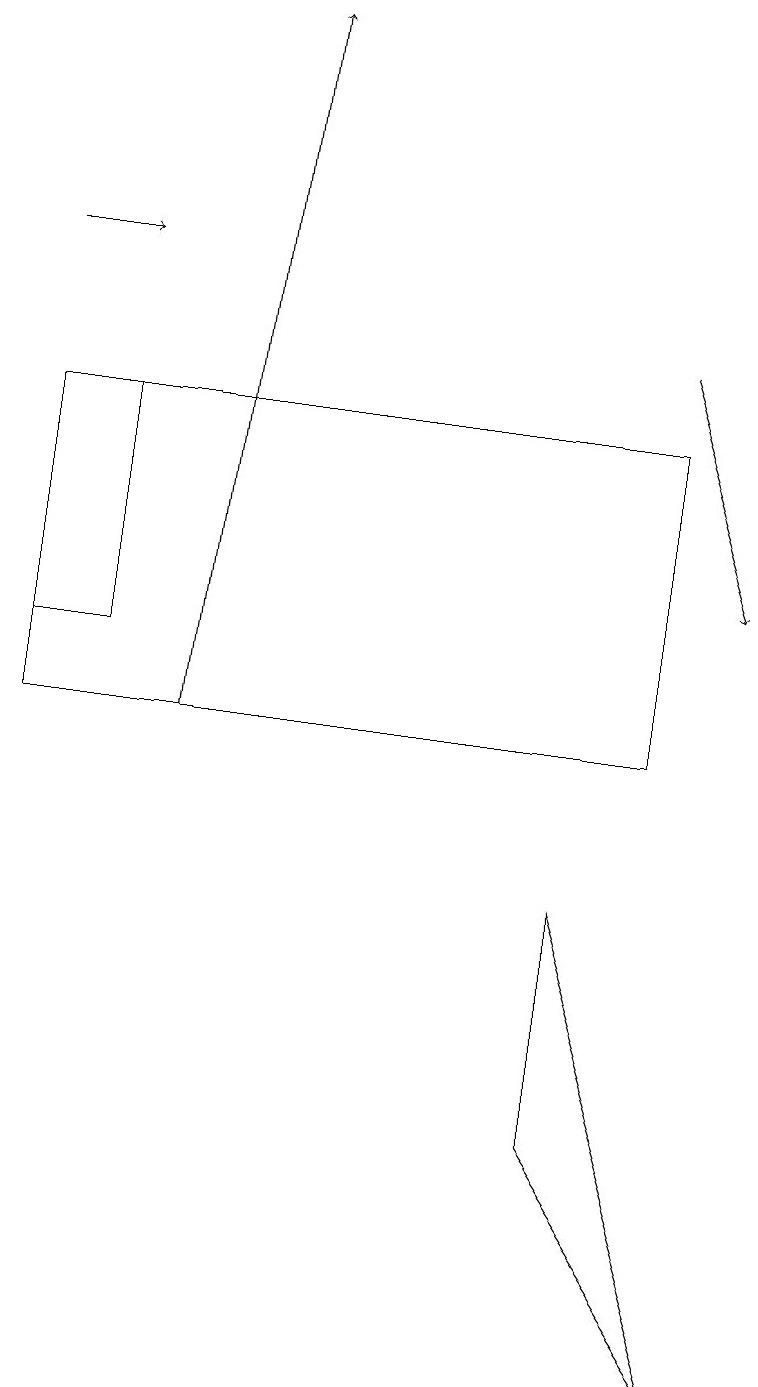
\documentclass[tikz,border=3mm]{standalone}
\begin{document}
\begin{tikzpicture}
\draw[->] (2,10) -- (3,19);
\draw (0,14) rectangle (8,10);
\draw[->] (0,16) -- (1,16);
\draw (1,14) rectangle (0,11);
\draw[->] (8,15) -- (9,12);
\draw (9,2) -- (7,8) -- (7,5) -- cycle;
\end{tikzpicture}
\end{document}